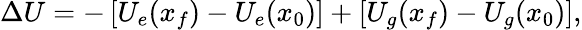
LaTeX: \Delta U=-\left[U_{e}(x_{f})-U_{e}(x_{0})\right]+\left[U_{g}(x_{f})-U_{g}(x_{0})\right],